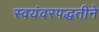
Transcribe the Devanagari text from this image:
स्वयंवरपद्धतीने